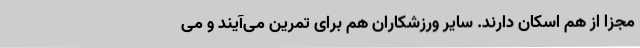
مجزا از هم اسکان دارند. سایر ورزشکاران هم برای تمرین می‌آیند و می